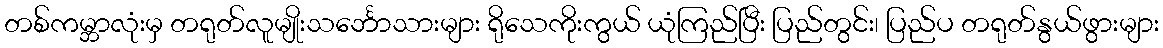
တစ်ကမ္ဘာလုံးမှ တရုတ်လူမျိုးသင်္ဘောသားများ ရိုသေကိုးကွယ် ယုံကြည်ပြီး ပြည်တွင်း၊ ပြည်ပ တရုတ်နွယ်ဖွားများ